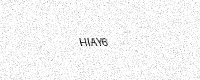
Text: HIAY6